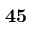
\bf { 4 5 }